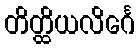
တိတ္ထိယလိင်္ဂေ